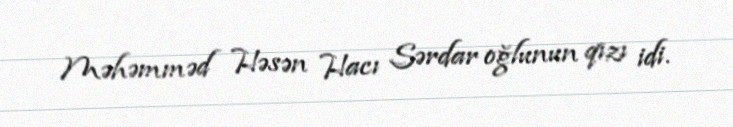
Məhəmməd Həsən Hacı Sərdar oğlunun qızı idi.